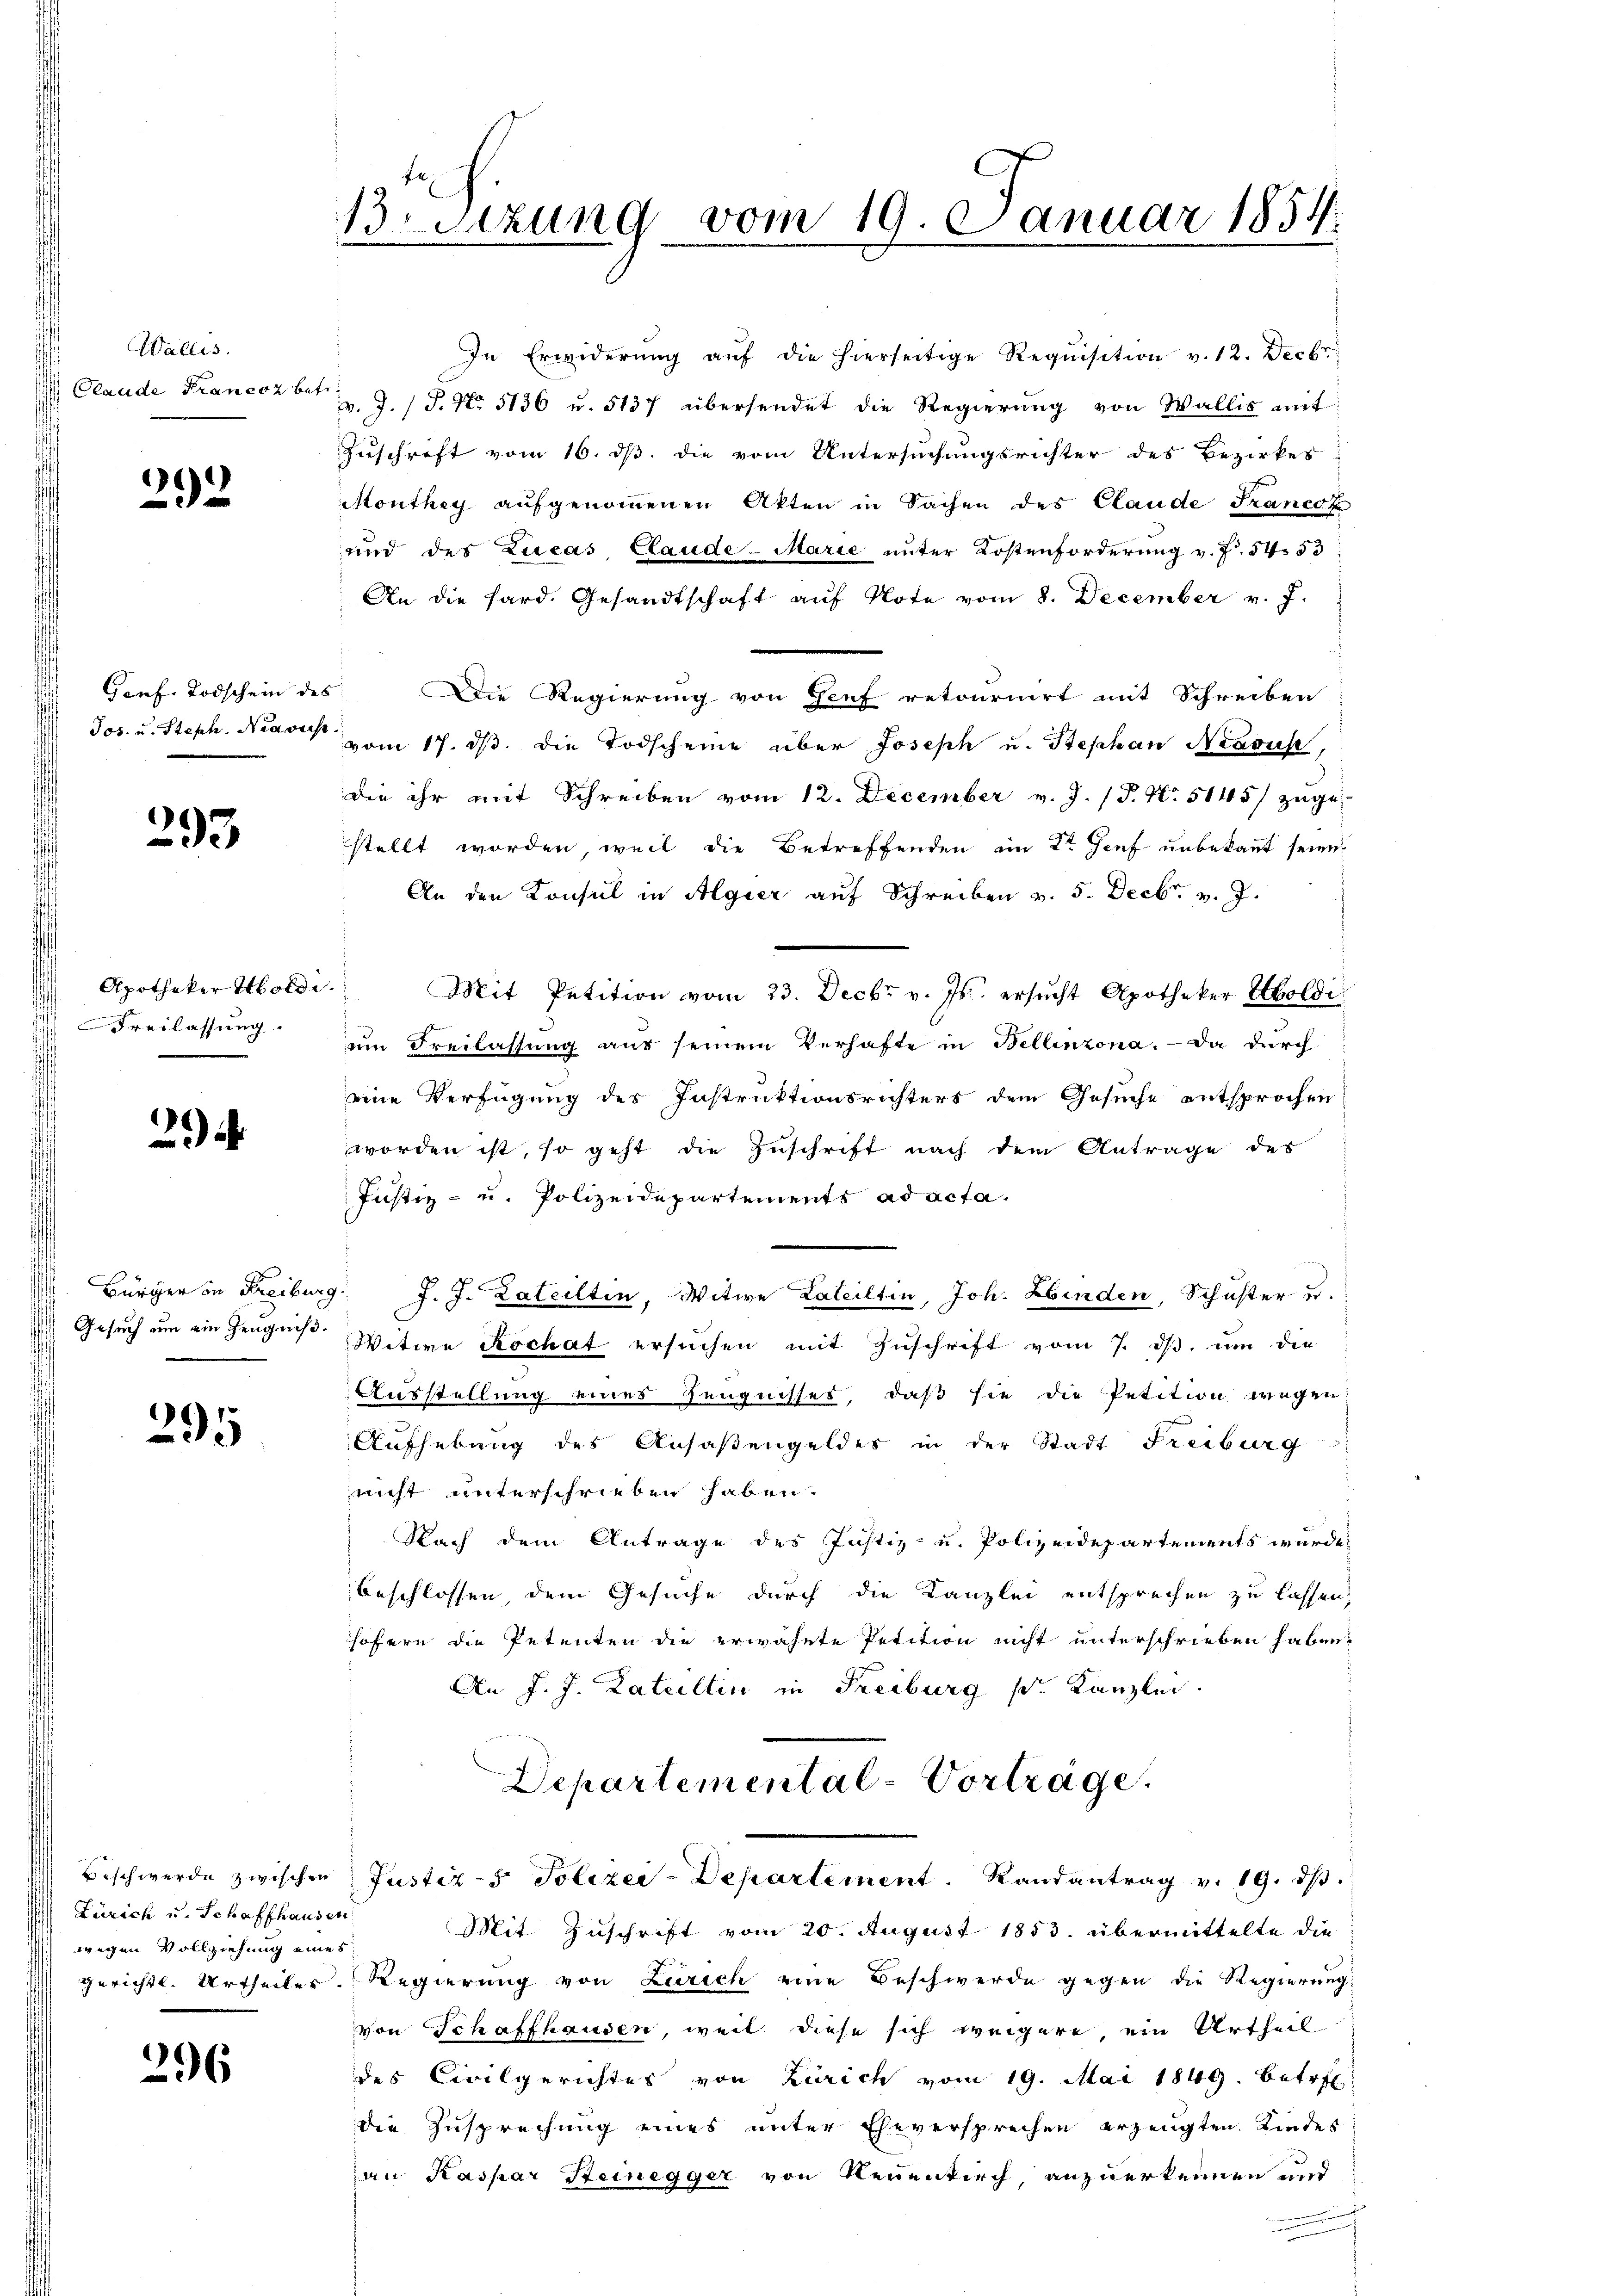
Wallis.
 Claude Franeoz bet

e
32

293

Freilassung.

2

295

Zürich u. Schaffhausen
wegen Vollziehung eines

296

13. Sitzung vom 19. Januar 1854.
2

An die hard. Gesandtschaft aŭf Note vom 8. December v. J.
Genf. Todschein des Die Regierung von Genf retournirt mit Schreiben
Jos. u. Steph. Name am 17. dβ. die Todscheine über Joseph u. Stephan Nessus,
die ihr mit Schreiben vom 12. December v. J. (T. N. 5145) zuge-
stellt worden, weil die Betreffenden im 2te Genf unbekannt seien.
An den Konsul in Algier auf Schreiben v. 5. Decbr. v. J.
Apotheker Holde. Mit Petition vom 23. Decbr v. Js. ersŭcht Apotheker Holdi
ŭm Freilassŭng aus seinem Verhafte in Bellinzona. — Da durch
eine Verfügung des Instruktionsrichters dem Gesuche entsprochen
worden ist, so geht die Zuschrift nach dem Antrage des
Justiz- u. Polizeidepartements ad acta.
 Bürger in Freiburg. J. J. Lateiltin, Witwe Lateiltin, Joh. Abenden, Schuster u.
Gesuch um ein Zeugnis. Witwe Kochat ersuchen mit Zuschrift vom 7. ds, um die
Ausstellung eines Zeugnisses, daß sie die Petition wegen
Aufhebung des Ansaßengeldes in der Stadt Freiburg
nicht unterschrieben haben.
Nach dem Antrage des Justiz- u. Polizeidepartements wurde
beschlossen, dem Gesuche durch die Kanzlei entsprechen zu lassen,
sofern die Petenten die erwähnte Petition nicht unterschrieben haben.
An J. J. Lateiltin in Freiburg s. Kanzlei.
Departemental-Vortrage.
Beschwerde zwischen Justiz- & Polizei-Departement. Randantrag v. 19. dβ.
Mit Zuschrift vom 20. August 1853. übermittelte die
gerichtl. Urtheiles Regierung von Zürich eine Beschwerde gegen die Regierung:
von Schaffhausen, weil diese sich weigere ein Urtheil
des Civilgerichtes von Zürich vom 19. Mai 1849 betret
die Zusprechung eines unter Eheversprechen erzeugten Kindes
an Kaspar Steinegger von Neuenkirch, anzuerkennen und
f

In Erwiderŭng aŭf die hierseitige Requisition v. 12. Decbr.
v. J. P. Nr. 5136 u. 5137 übersendet die Regierung von Wallis mit
Zuschrift vom 16. ds. die vom Untersuchungsrichter des Bezirkes
Monthey aufgenommenen Akten in Sachen des Claude Francoz
und des Zucas Claude-Marie unter Kostenforderung v. J. 54. 53